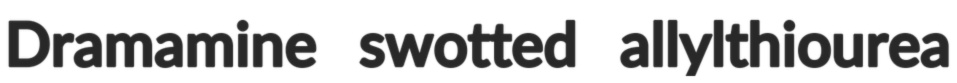
Dramamine swotted allylthiourea